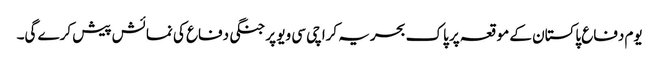
یوم دفاع پاکستان کے موقعہ پر پاک بحریہ کراچی سی ویو پر جنگی دفاع کی نمائش پیش کرے گی۔